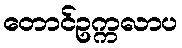
တောင်ဥက္ကလာပ